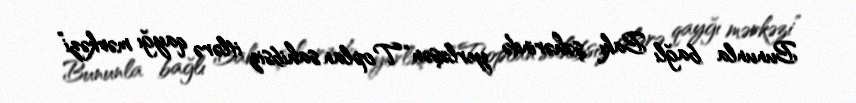
Bununla bağlı Bakı şəhərində yerləşən “Toplan sahibsiz itlərə qayğı mərkəzi”